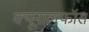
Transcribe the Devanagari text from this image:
क्‍यूनालफॉस